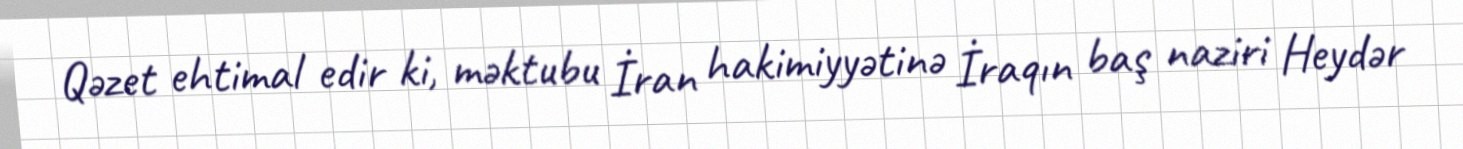
Qəzet ehtimal edir ki, məktubu İran hakimiyyətinə İraqın baş naziri Heydər